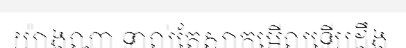
យ៉ាងណា ទាល់តែសាកមើលទើបដឹង